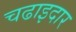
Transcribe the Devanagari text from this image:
चढाइदार